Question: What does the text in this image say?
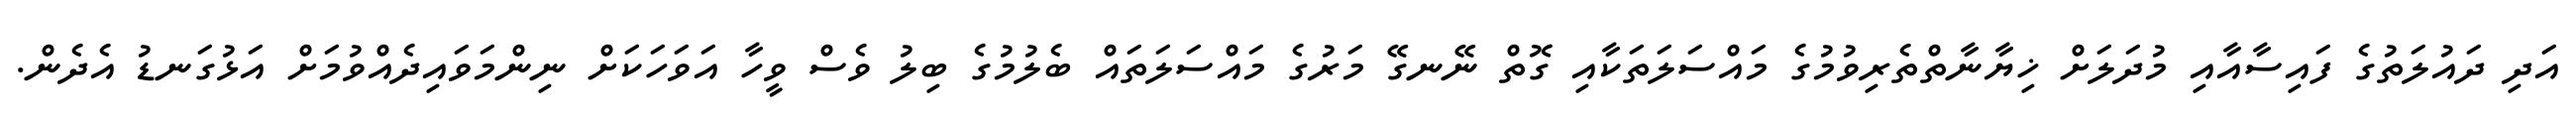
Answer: އަދި ދައުލަތުގެ ފައިސާއާއި މުދަލަށް ޚިޔާނާތްތެރިވުމުގެ މައްސަލަތަކާއި ގޮތް ނޭނގޭ މަރުގެ މައްސަލަތައް ބެލުމުގެ ބިލު ވެސް ވީހާ އަވަހަކަށް ނިންމަވައިދެއްވުމަށް އަޅުގަނޑު އެދެން.